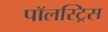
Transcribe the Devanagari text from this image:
पॉलस्ट्रिस